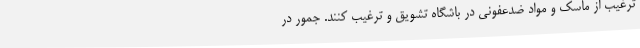
ترغیب از ماسک و مواد ضدعفونی در باشگاه تشویق و ترغیب کنند. جمور در